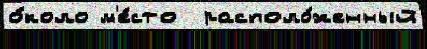
о́коло м'е́сто  располо́женный